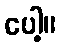
ပေါ့။